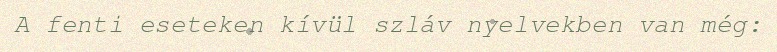
A fenti eseteken kívül szláv nyelvekben van még: